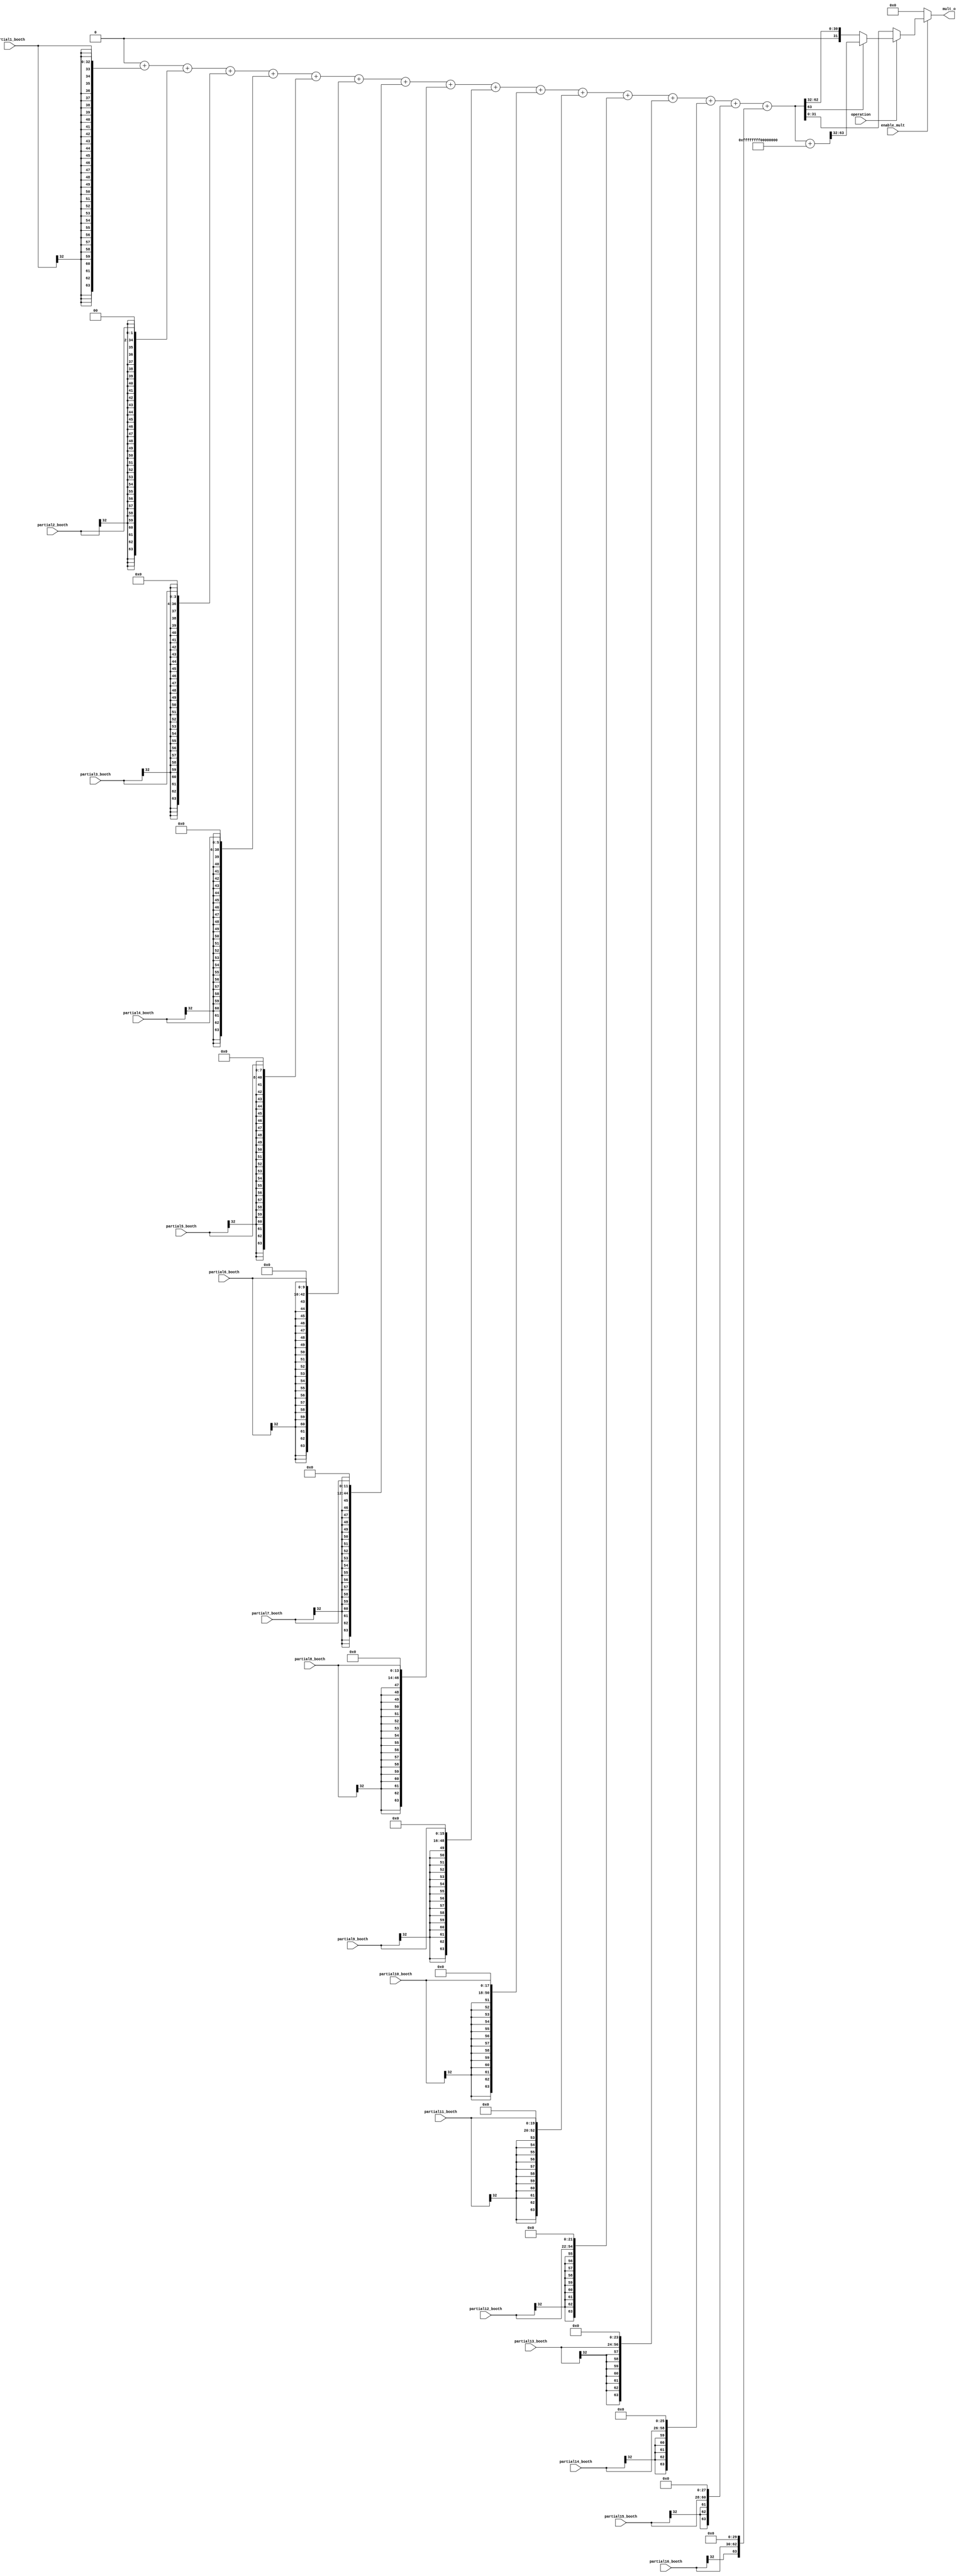
module mult_radix8 #(parameter length=32)(
  
  
  input wire signed [length:0] partial1_booth, partial2_booth, partial3_booth, partial4_booth,
  input wire signed [length:0] partial5_booth, partial6_booth, partial7_booth, partial8_booth,   
  input wire signed [length:0] partial9_booth, partial10_booth, partial11_booth, partial12_booth,
  input wire signed [length:0] partial13_booth, partial14_booth, partial15_booth, partial16_booth,
  input wire enable_mult,
  input wire operation,                          ////to know it's mul or mulh
  output reg [length-1:0] mult_o);
 // output reg  mult_finish);
  
  
  wire [2*length-1:0]  partial_product1,partial_product2,partial_product3,partial_product4;  // define 64_bit 
  wire [2*length-1:0]  partial_product5,partial_product6,partial_product7,partial_product8;
  wire [2*length-1:0]  partial_product9,partial_product10,partial_product11,partial_product12;
  wire [2*length-1:0]  partial_product13,partial_product14,partial_product15,partial_product16;
  
   
  
  
  assign partial_product1={{31{partial1_booth[length]}},partial1_booth};        // { copy MSB of partial1_booth 33 --> 63 , partial1_booth 0-->32}
  assign partial_product2={{29{partial2_booth[length]}},partial2_booth,2'b0};   // { copy MSB of partial1_booth 35 --> 63 , partial1_booth 0-->32}
  assign partial_product3={{27{partial3_booth[length]}},partial3_booth,4'b0};
  assign partial_product4={{25{partial4_booth[length]}},partial4_booth,6'b0};
  assign partial_product5={{23{partial5_booth[length]}},partial5_booth,8'b0};
  assign partial_product6={{21{partial6_booth[length]}},partial6_booth,10'b0};
  assign partial_product7={{19{partial7_booth[length]}},partial7_booth,12'b0};
  assign partial_product8={{17{partial8_booth[length]}},partial8_booth,14'b0};
  assign partial_product9={{15{partial9_booth[length]}},partial9_booth,16'b0};
  assign partial_product10={{13{partial10_booth[length]}},partial10_booth,18'b0};
  assign partial_product11={{11{partial11_booth[length]}},partial11_booth,20'b0};
  assign partial_product12={{9{partial12_booth[length]}},partial12_booth,22'b0};
  assign partial_product13={{7{partial13_booth[length]}},partial13_booth,24'b0};
  assign partial_product14={{5{partial14_booth[length]}},partial14_booth,26'b0};
  assign partial_product15={{3{partial15_booth[length]}},partial15_booth,28'b0};
  assign partial_product16={{1{partial16_booth[length]}},partial16_booth,30'b0};
  
  reg [length*2-1:0] sum;
  reg [length*2-1:0] temp_sum;

  wire [length*2-1:0] sum_1;
 
  assign sum_1=sum;
 
 
integer i;

always@(*)
begin  
  sum='b0;
  temp_sum='b0;
  for (i=0 ;i<16;i=i+1)
  begin
    case(i)
      'd0 : sum=temp_sum+partial_product1;  
      'd1 : sum=temp_sum+partial_product2;
      'd2 : sum=temp_sum+partial_product3;
      'd3 : sum=temp_sum+partial_product4;
      'd4 : sum=temp_sum+partial_product5;
      'd5 : sum=temp_sum+partial_product6;
      'd6 : sum=temp_sum+partial_product7;
      'd7 : sum=temp_sum+partial_product8;
      'd8 : sum=temp_sum+partial_product9;
      'd9: sum=temp_sum+partial_product10;
      'd10: sum=temp_sum+partial_product11;
      'd11: sum=temp_sum+partial_product12;
      'd12: sum=temp_sum+partial_product13;
      'd13: sum=temp_sum+partial_product14;
      'd14: sum=temp_sum+partial_product15;
      'd15: sum=temp_sum+partial_product16;
      default: sum=0;
    endcase
    temp_sum=sum;
  end

   if(enable_mult)
      begin
    if(!operation)            ///////instruction is mul
      begin 
        mult_o=sum[length-1:0];
     //   mult_finish='b1;
      end
    else if (sum[2*length-1] )
          begin
            sum= sum+ 'b100000000000000000000000000000000;
        mult_o=sum[2*length-1:length];
      //  mult_finish='b1;
        
      end
    else
      begin
       mult_o=sum[2*length-1:length];
      //  mult_finish='b1;
      end
    end
    else
       begin
        mult_o='b0;
      //  mult_finish='b0;
        
      end
      
    end
  
endmodule